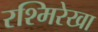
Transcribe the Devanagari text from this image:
रश्मिरेखा